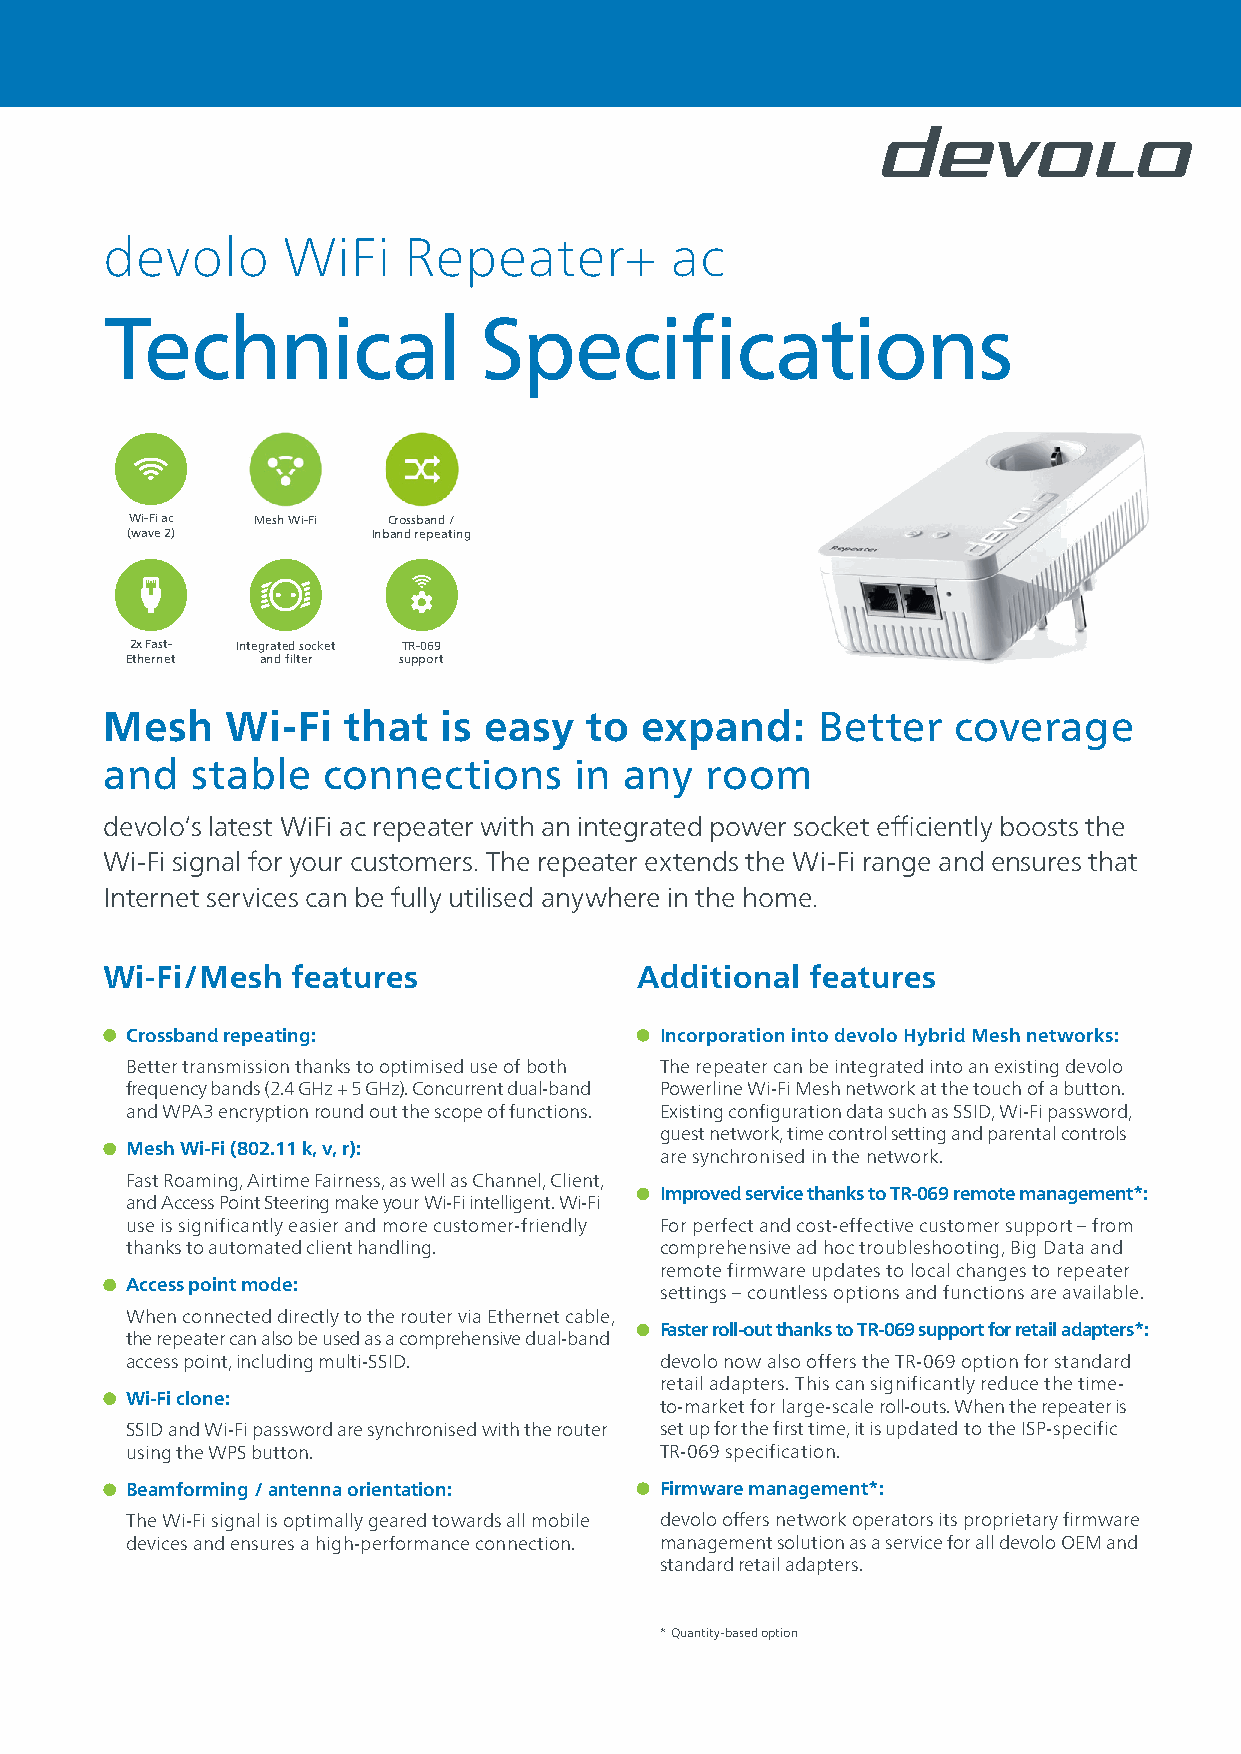
devolo      WiFi    Repeater+        ac
 Technical                Specifications
 Wi-Fi ac Mesh Wi-Fi Crossband /
 (wave 2)         Inband repeating
 2x Fast- Integrated socket TR-069
 Ethernet and filter support
 Mesh    Wi-Fi   that  is easy   to expand:     Better   coverage
 and   stable  connections      in any   room
 devolo‘s latest WiFi ac repeater with an integrated power socket efficiently boosts the
 Wi-Fi signal for your customers. The repeater extends the Wi-Fi range and ensures that
 Internet services can be fully utilised anywhere in the home.
 Wi-Fi/Mesh  features               Additional  features
 Crossband repeating:                Incorporation into devolo Hybrid Mesh networks:
 Better transmission thanks to optimised use of both The repeater can be integrated into an existing devolo
 frequency bands (2.4 GHz + 5 GHz). Concurrent dual-band Powerline Wi-Fi Mesh network at the touch of a button.
 and WPA3 encryption round out the scope of functions. Existing configuration data such as SSID, Wi-Fi password,
 guest network, time control setting and parental controls
 Mesh Wi-Fi (802.11 k, v, r):
 are synchronised in the network.
 Fast Roaming, Airtime Fairness, as well as Channel, Client,
 Improved service thanks to TR-069 remote management*:
 and Access Point Steering make your Wi-Fi intelligent. Wi-Fi
 use is significantly easier and more customer-friendly For perfect and cost-effective customer support – from
 thanks to automated client handling. comprehensive ad hoc troubleshooting, Big Data and
 remote firmware updates to local changes to repeater
 Access point mode:
 settings – countless options and functions are available.
 When connected directly to the router via Ethernet cable,
 Faster roll-out thanks to TR-069 support for retail adapters*:
 the repeater can also be used as a comprehensive dual-band
 access point, including multi-SSID. devolo now also offers the TR-069 option for standard
 retail adapters. This can significantly reduce the time-
 Wi-Fi clone:
 to-market for large-scale roll-outs. When the repeater is
 SSID and Wi-Fi password are synchronised with the router set up for the first time, it is updated to the ISP-specific
 using the WPS button.               TR-069 specification.
 Beamforming / antenna orientation:  Firmware management*:
 The Wi-Fi signal is optimally geared towards all mobile devolo offers network operators its proprietary firmware
 devices and ensures a high-performance connection. management solution as a service for all devolo OEM and
 standard retail adapters.
 * Quantity-based option